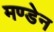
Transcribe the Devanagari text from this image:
मण्‍डेन